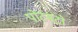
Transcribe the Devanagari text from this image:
पोर्टमंटो